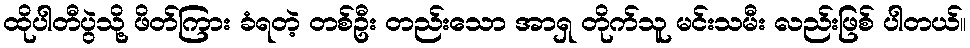
ထိုပါတီပွဲသို့ ဖိတ်ကြား ခံရတဲ့ တစ်ဦး တည်းသော အာရှ တိုက်သူ မင်းသမီး လည်းဖြစ် ပါတယ်။